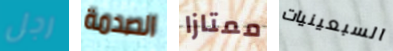
رجل الصدمة ممتازا السبعينيات